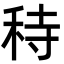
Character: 秲